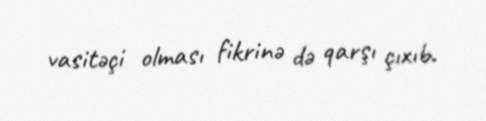
vasitəçi olması fikrinə də qarşı çıxıb.